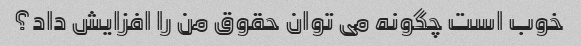
خوب است چگونه می توان حقوق من را افزایش داد؟